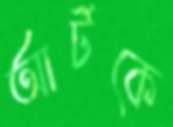
আর্টকে